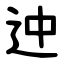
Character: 迚